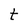
Character: t